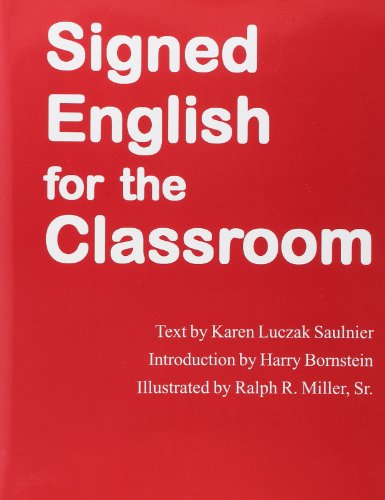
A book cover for Signed English For the Classroom (Signed English Series); Karen L. Saulnier; Teen & Young Adult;